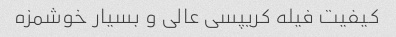
کیفیت فیله کریپسی عالی و بسیار خوشمزه